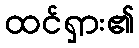
ထင်ရှား၏